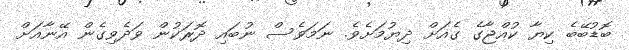
ބޮޑުބޭބެ ކިޔާ ކުއްޖާގެ ގެއަށް ދިޔުމަށެވެ. ނަމަވެސް ނުބައި ދޮރަކުން ވަދެވިގެން އޭނާއަށް